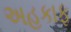
અહકાફ